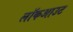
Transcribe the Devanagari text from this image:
लॉकआउट